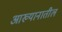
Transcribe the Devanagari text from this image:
आख्यानातील